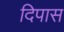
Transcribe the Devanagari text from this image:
दिपास